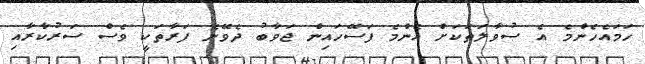
ހަމައެހެންމެ އެ ސުވާލަތަކަށް އެންމެ ފަސޭހައިން ޖަވާބު ދެވޭނެ ފަރާތަކީ ވެސް ސަރުކާރާއި